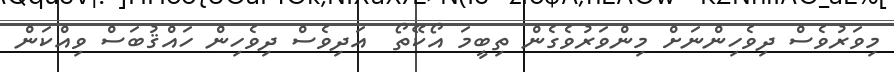
މިވަރުވެސް ދިވެހިންނަށް މިންވަރުވެގެން ތިބީމަ އޯކޭތޯ  އަދިވެސް ދިވެހިން ހައްޤުބަސް ވިއްކަން